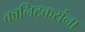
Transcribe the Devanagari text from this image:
कानिटकरांना